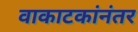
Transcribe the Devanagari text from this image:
वाकाटकांनंतर